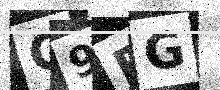
Text: C9RG